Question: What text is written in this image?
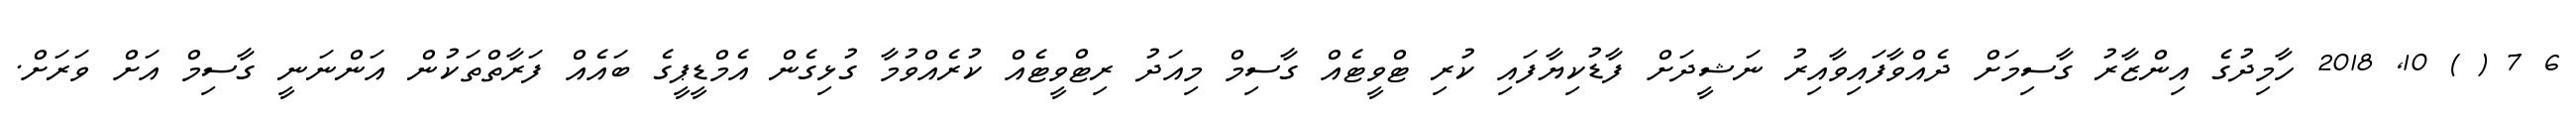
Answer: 6 7 ( ) 10, 2018 ހާމިދުގެ އިންޒާރު ގާސިމަށް ދެއްވާފައިވާއިރު ނަޝީދަށް ފާޑުކިޔާފައި ކުރި ޓްވީޓެއް ގާސިމް މިއަދު ރިޓްވީޓެއް ކުރެއްވުމާ ގުޅިގެން އެމްޑީޕީގެ ބައެއް ފަރާތްތަކުން އަންނަނީ ގާސިމް އަށް ވަރަށް.